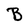
Character: B